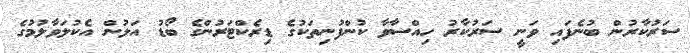
ސަރުކާރުން ބުނެފައި ވަނީ ސަރުކާރު ހިއްސާވާ ކުންފުނިތަކުގެ ޑިރެކްޓަރުންގެ ބޯޑު އަލުން އެކުލަވާލުމުގެ